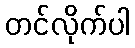
တင်လိုက်ပါ